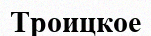
Троицкое